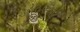
અભિગમોના